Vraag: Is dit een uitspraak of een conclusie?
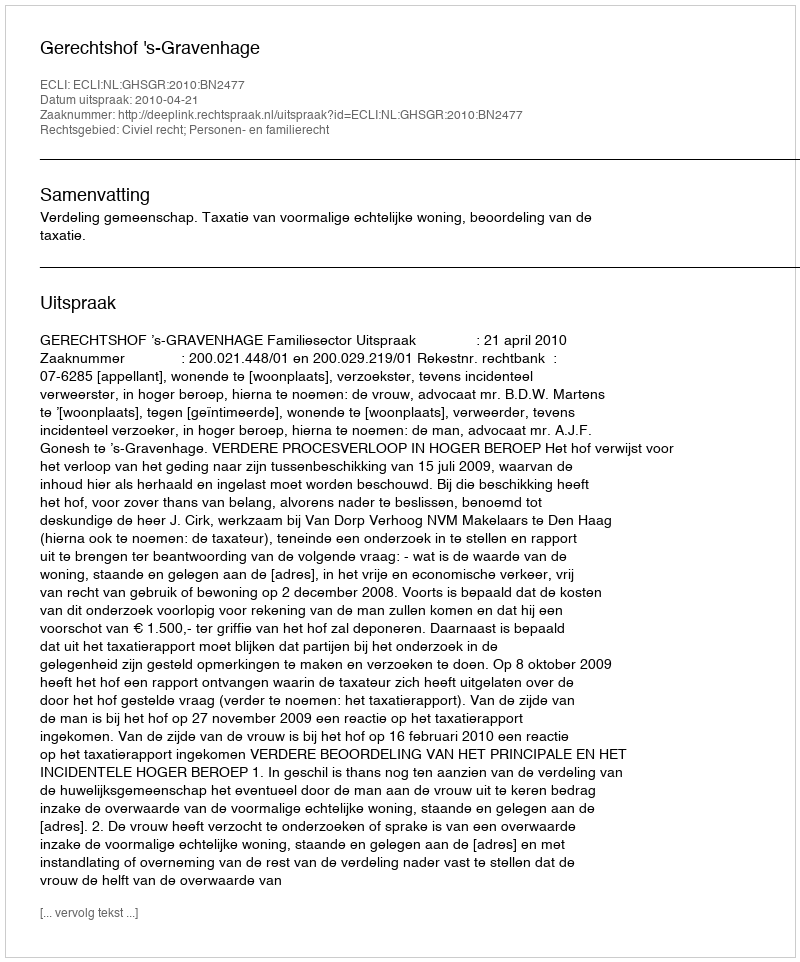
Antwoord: Uitspraak